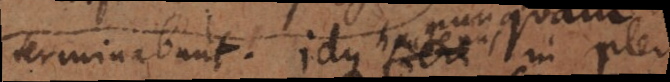
terminabunt. Idque hactenus in pler